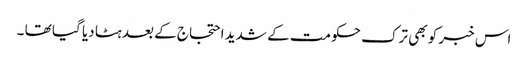
اس خبر کو بھی ترک حکومت کے شدید احتجاج کے بعد ہٹا دیا گیا تھا ۔